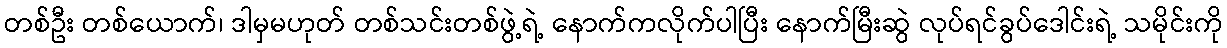
တစ်ဦး တစ်ယောက်၊ ဒါမှမဟုတ် တစ်သင်းတစ်ဖွဲ့ရဲ့ နောက်ကလိုက်ပါပြီး နောက်မြီးဆွဲ လုပ်ရင်ခွပ်ဒေါင်းရဲ့ သမိုင်းကို